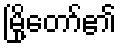
မြို့တော်၏